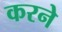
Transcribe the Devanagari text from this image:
करनेे